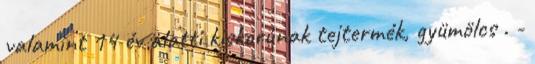
valamint 14 év alatti kiskorúnak tejtermék, gyümölcs . -